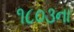
૧૮૦૩ના